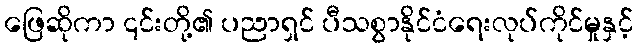
ဖြေဆိုကာ ၎င်းတို့၏ ပညာရှင် ပီသစွာနိုင်ငံရေးလုပ်ကိုင်မှုနှင့်